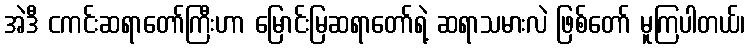
အဲဒီ ငကင်းဆရာတော်ကြီးဟာ မြောင်းမြဆရာတော်ရဲ့ ဆရာသမားလဲ ဖြစ်တော် မူကြပါတယ်၊